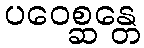
ပဝေစ္ဆန္တေ